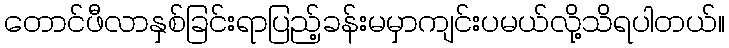
တောင်ဖီလာနှစ်ခြင်းရာပြည့်ခန်းမမှာကျင်းပမယ်လို့သိရပါတယ်။